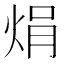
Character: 焆